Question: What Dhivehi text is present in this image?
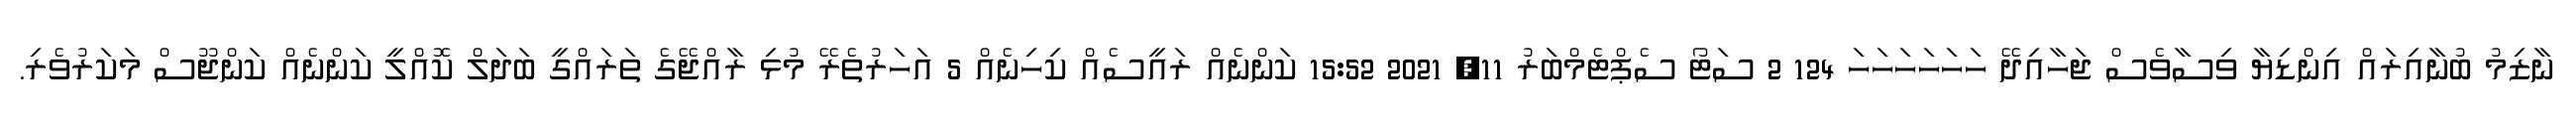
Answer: ނާޒިމު ބުނާއިރައް އިންޑިޔާ ވިސާވެސް ޖަހާއިދޭ ހަހަހަހަހަހަ 124 2 ސަޓޯ ސެޕްޓެމްބަރު 11, 2021 15:52 ކަންނެއް ރައީސެއް ކިހިނެއް 5 އަހަރުތެރޭ މުޅި ރާއްޖޭގެ ތަރައްގީ ބަދަލް ކޮއްލީ ކަންނެއް ކަންޖޫސް މަކަރުވެރި.